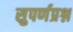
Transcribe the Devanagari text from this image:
सुपर्णप्रश्न